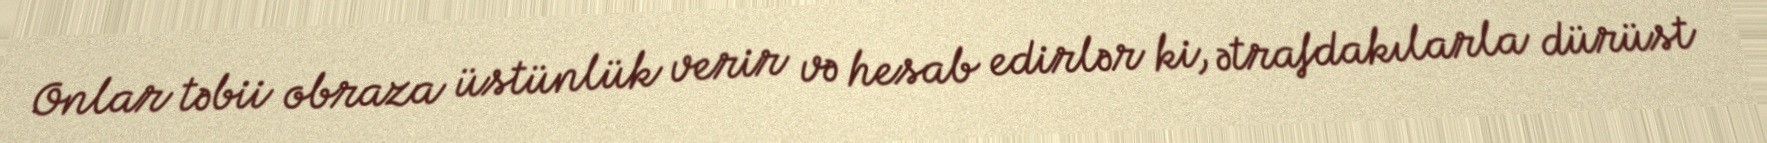
Onlar təbii obraza üstünlük verir və hesab edirlər ki, ətrafdakılarla dürüst